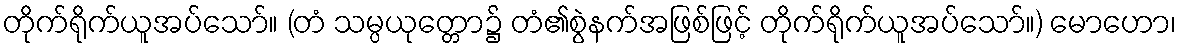
တိုက်ရိုက်ယူအပ်သော်။ (တံ သမ္ပယုတ္တော၌ တံ၏စွဲနက်အဖြစ်ဖြင့် တိုက်ရိုက်ယူအပ်သော်။) မောဟော၊